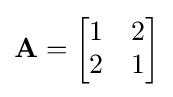
\mathbf {A} ={\begin{bmatrix}1&2\\2&1\end{bmatrix}}